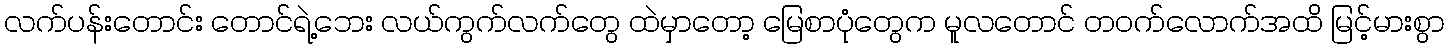
လက်ပန်းတောင်း တောင်ရဲ့ဘေး လယ်ကွက်လက်တွေ ထဲမှာတော့ မြေစာပုံတွေက မူလတောင် တဝက်လောက်အထိ မြင့်မားစွာ